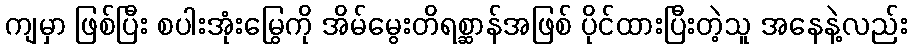
ကျမှာ ဖြစ်ပြီး စပါးအုံးမြွေကို အိမ်မွေးတိရစ္ဆာန်အဖြစ် ပိုင်ထားပြီးတဲ့သူ အနေနဲ့လည်း